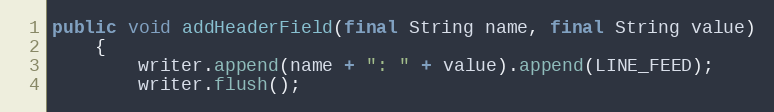
Language: Java
public void addHeaderField(final String name, final String value)
    {
        writer.append(name + ": " + value).append(LINE_FEED);
        writer.flush();